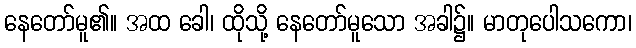
နေတော်မူ၏။ အထ ခေါ၊ ထိုသို့ နေတော်မူသော အခါ၌။ မာတုပေါသကော၊